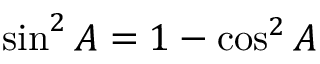
\sin ^ { 2 } A = 1 - \cos ^ { 2 } A